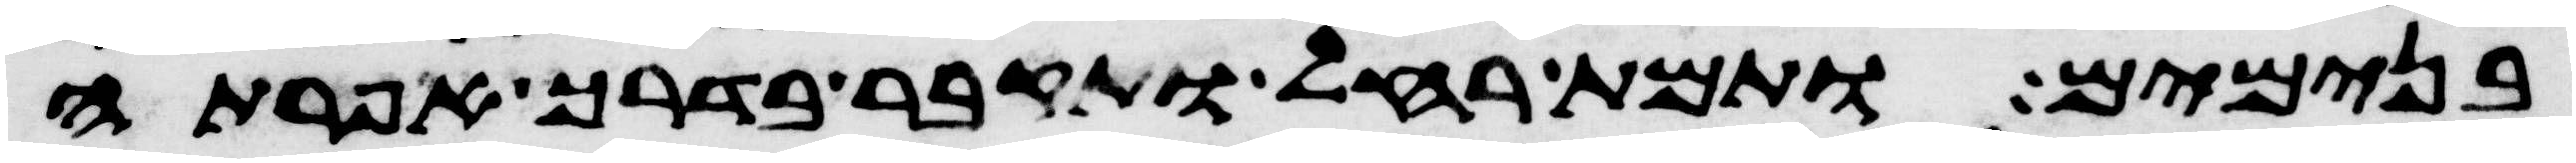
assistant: בנימים ותמת רחל ותקבר בדרך אפרתה